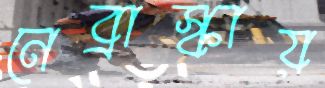
নেব্রাস্কায়